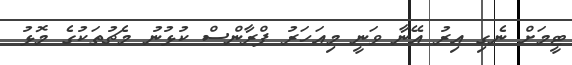
ޓީމަށް ނެގި އިރު އޭނާ ވަނީ މިއަހަރު ފްރާންސް ކުޅުނު މެޗުތަކުގެ މޮޅު